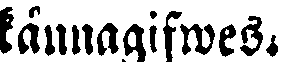
kännagifwes.